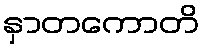
နှာတကောတိ